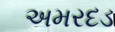
અમરદડ